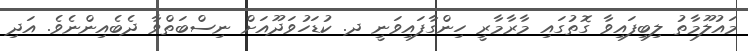
މައުލޫމާތު ލިބިފައިވާ ގޮތުގައި މާރާމާރީ ހިންގާފައިވަނީ ދ. ކުޑަހުވަދޫއަށް ނިސްބަތްވާ ދެބެއިންނެވެ. އަދި